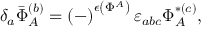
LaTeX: \delta _ { a } \bar { \Phi } _ { A } ^ { ( b ) } = \left( - \right) ^ { \epsilon \left( \Phi ^ { A } \right) } \varepsilon _ { a b c } \Phi _ { A } ^ { * ( c ) } ,